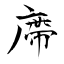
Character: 廗